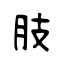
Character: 肢